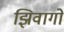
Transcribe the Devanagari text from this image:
झिवागो